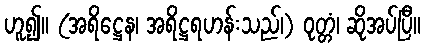
ဟူ၍။ (အရိဋ္ဌေန၊ အရိဋ္ဌရဟန်းသည်၊) ဝုတ္တံ၊ ဆိုအပ်ပြီ။